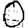
Digit: 0